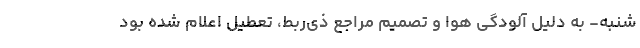
شنبه- به دلیل آلودگی هوا و تصمیم مراجع ذی‌ربط، تعطیل اعلام شده بود